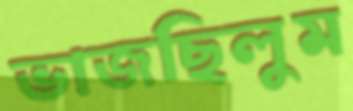
ভাজছিলুম